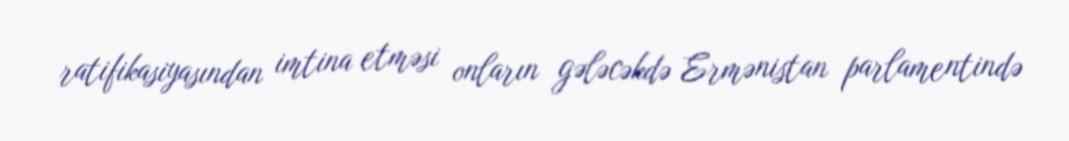
ratifikasiyasından imtina etməsi onların gələcəkdə Ermənistan parlamentində